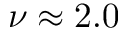
\nu \approx 2 . 0